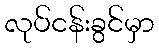
လုပ်ငန်းခွင်မှာ